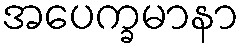
အပေက္ခမာနာ